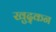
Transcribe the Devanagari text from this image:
खुद्कन